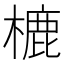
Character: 樚